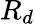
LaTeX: R_{d}